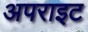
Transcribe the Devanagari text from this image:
अपराइट